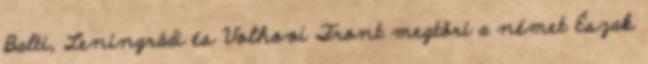
Balti, Leningrádi és Volhovi Front megtöri a német Észak